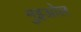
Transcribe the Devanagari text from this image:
मुइओल